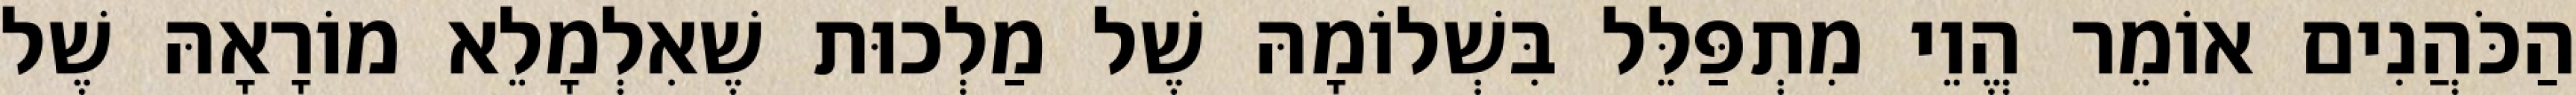
הַכֹּהֲנִים אוֹמֵר הֱוֵי מִתְפַּלֵּל בִּשְׁלוֹמָהּ שֶׁל מַלְכוּת שֶׁאִלְמָלֵא מוֹרָאָהּ שֶׁל